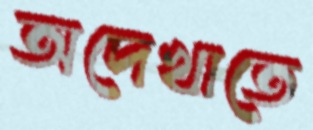
অদেখাতে